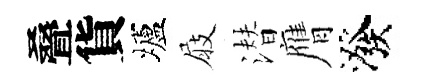
叠貨壚屐潜膺潑